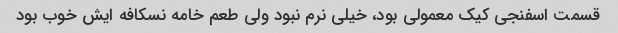
قسمت اسفنجی کیک معمولی بود، خیلی نرم نبود ولی طعم خامه نسکافه ایش خوب بود